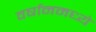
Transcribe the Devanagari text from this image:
वर्षानमध्ये